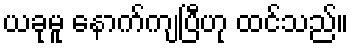
ယခုမူ နောက်ကျပြီဟု ထင်သည်။